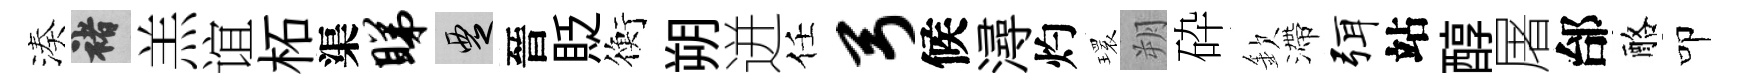
湊褚羔谊柘渠睇覂晉貶衡朔迸任弓候潯灼𤨔朔砕欽滯弭站醇屠邰酪叩